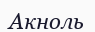
Акноль